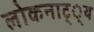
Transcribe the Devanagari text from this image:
लोकनाट््य